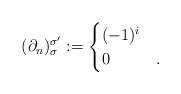
LaTeX: \begin{align*} (\partial_n)_\sigma^{\sigma'} := \begin{cases} (-1)^i & \\ 0 & . \end{cases} \end{align*}